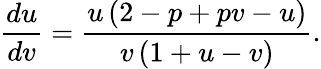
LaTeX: \frac{du}{dv}=\frac{u\left(2-p+pv-u\right)}{v\left(1+u-v\right)}.